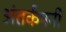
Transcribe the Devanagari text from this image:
अंतर्कंपनी